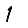
Digit: 1